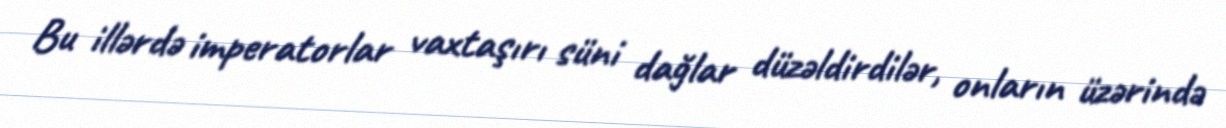
Bu illərdə imperatorlar vaxtaşırı süni dağlar düzəldirdilər, onların üzərində